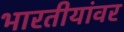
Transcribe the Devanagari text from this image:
भारतीयांवर